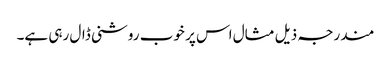
مندرجہ ذیل مثال اس پر خوب روشنی ڈال رہی ہے۔